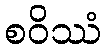
စဝိဿံ